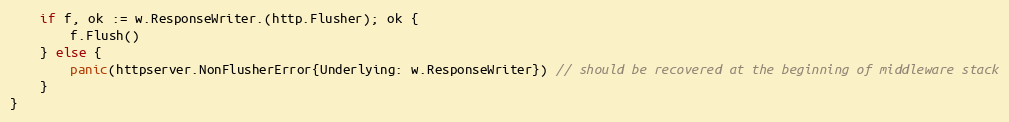
Language: Go
	if f, ok := w.ResponseWriter.(http.Flusher); ok {
		f.Flush()
	} else {
		panic(httpserver.NonFlusherError{Underlying: w.ResponseWriter}) // should be recovered at the beginning of middleware stack
	}
}